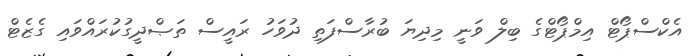
އެކްސްޕޯޓް އިމްޕޯޓްގެ ބިލް ވަނީ މިދިޔަ ބުރާސްފަތި ދުވަހު ރައީސް ތަޞްދީގުކުރައްވައި ގެޒެޓް